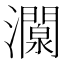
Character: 灁